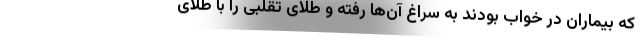
که بیماران در خواب بودند به سراغ آن‌ها رفته و طلای تقلبی را با طلای